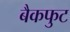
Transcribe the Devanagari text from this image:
बैकफुट